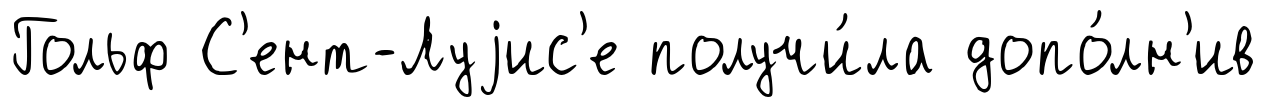
Гольф С'ент-Луjис'е получи́ла допо́лн'ив